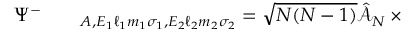
\begin{array} { r l r } { \Psi ^ { - } } & { { } } & { \phantom { } _ { A , E _ { 1 } \ell _ { 1 } m _ { 1 } \sigma _ { 1 } , E _ { 2 } \ell _ { 2 } m _ { 2 } \sigma _ { 2 } } = \sqrt { N ( N - 1 ) } \hat { \mathcal { A } } _ { N } \, \times } \end{array}